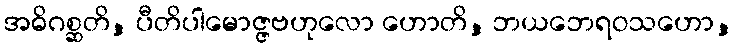
အဓိဂစ္ဆတိ, ပီတိပါမောဇ္ဇဗဟုလော ဟောတိ, ဘယဘေရဝသဟော,